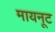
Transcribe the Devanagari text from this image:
मायनूट